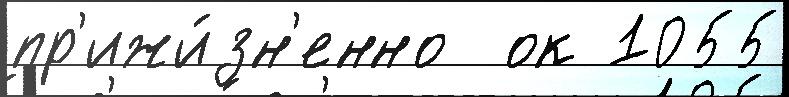
пр'ижи́зн'енно  ок 1055